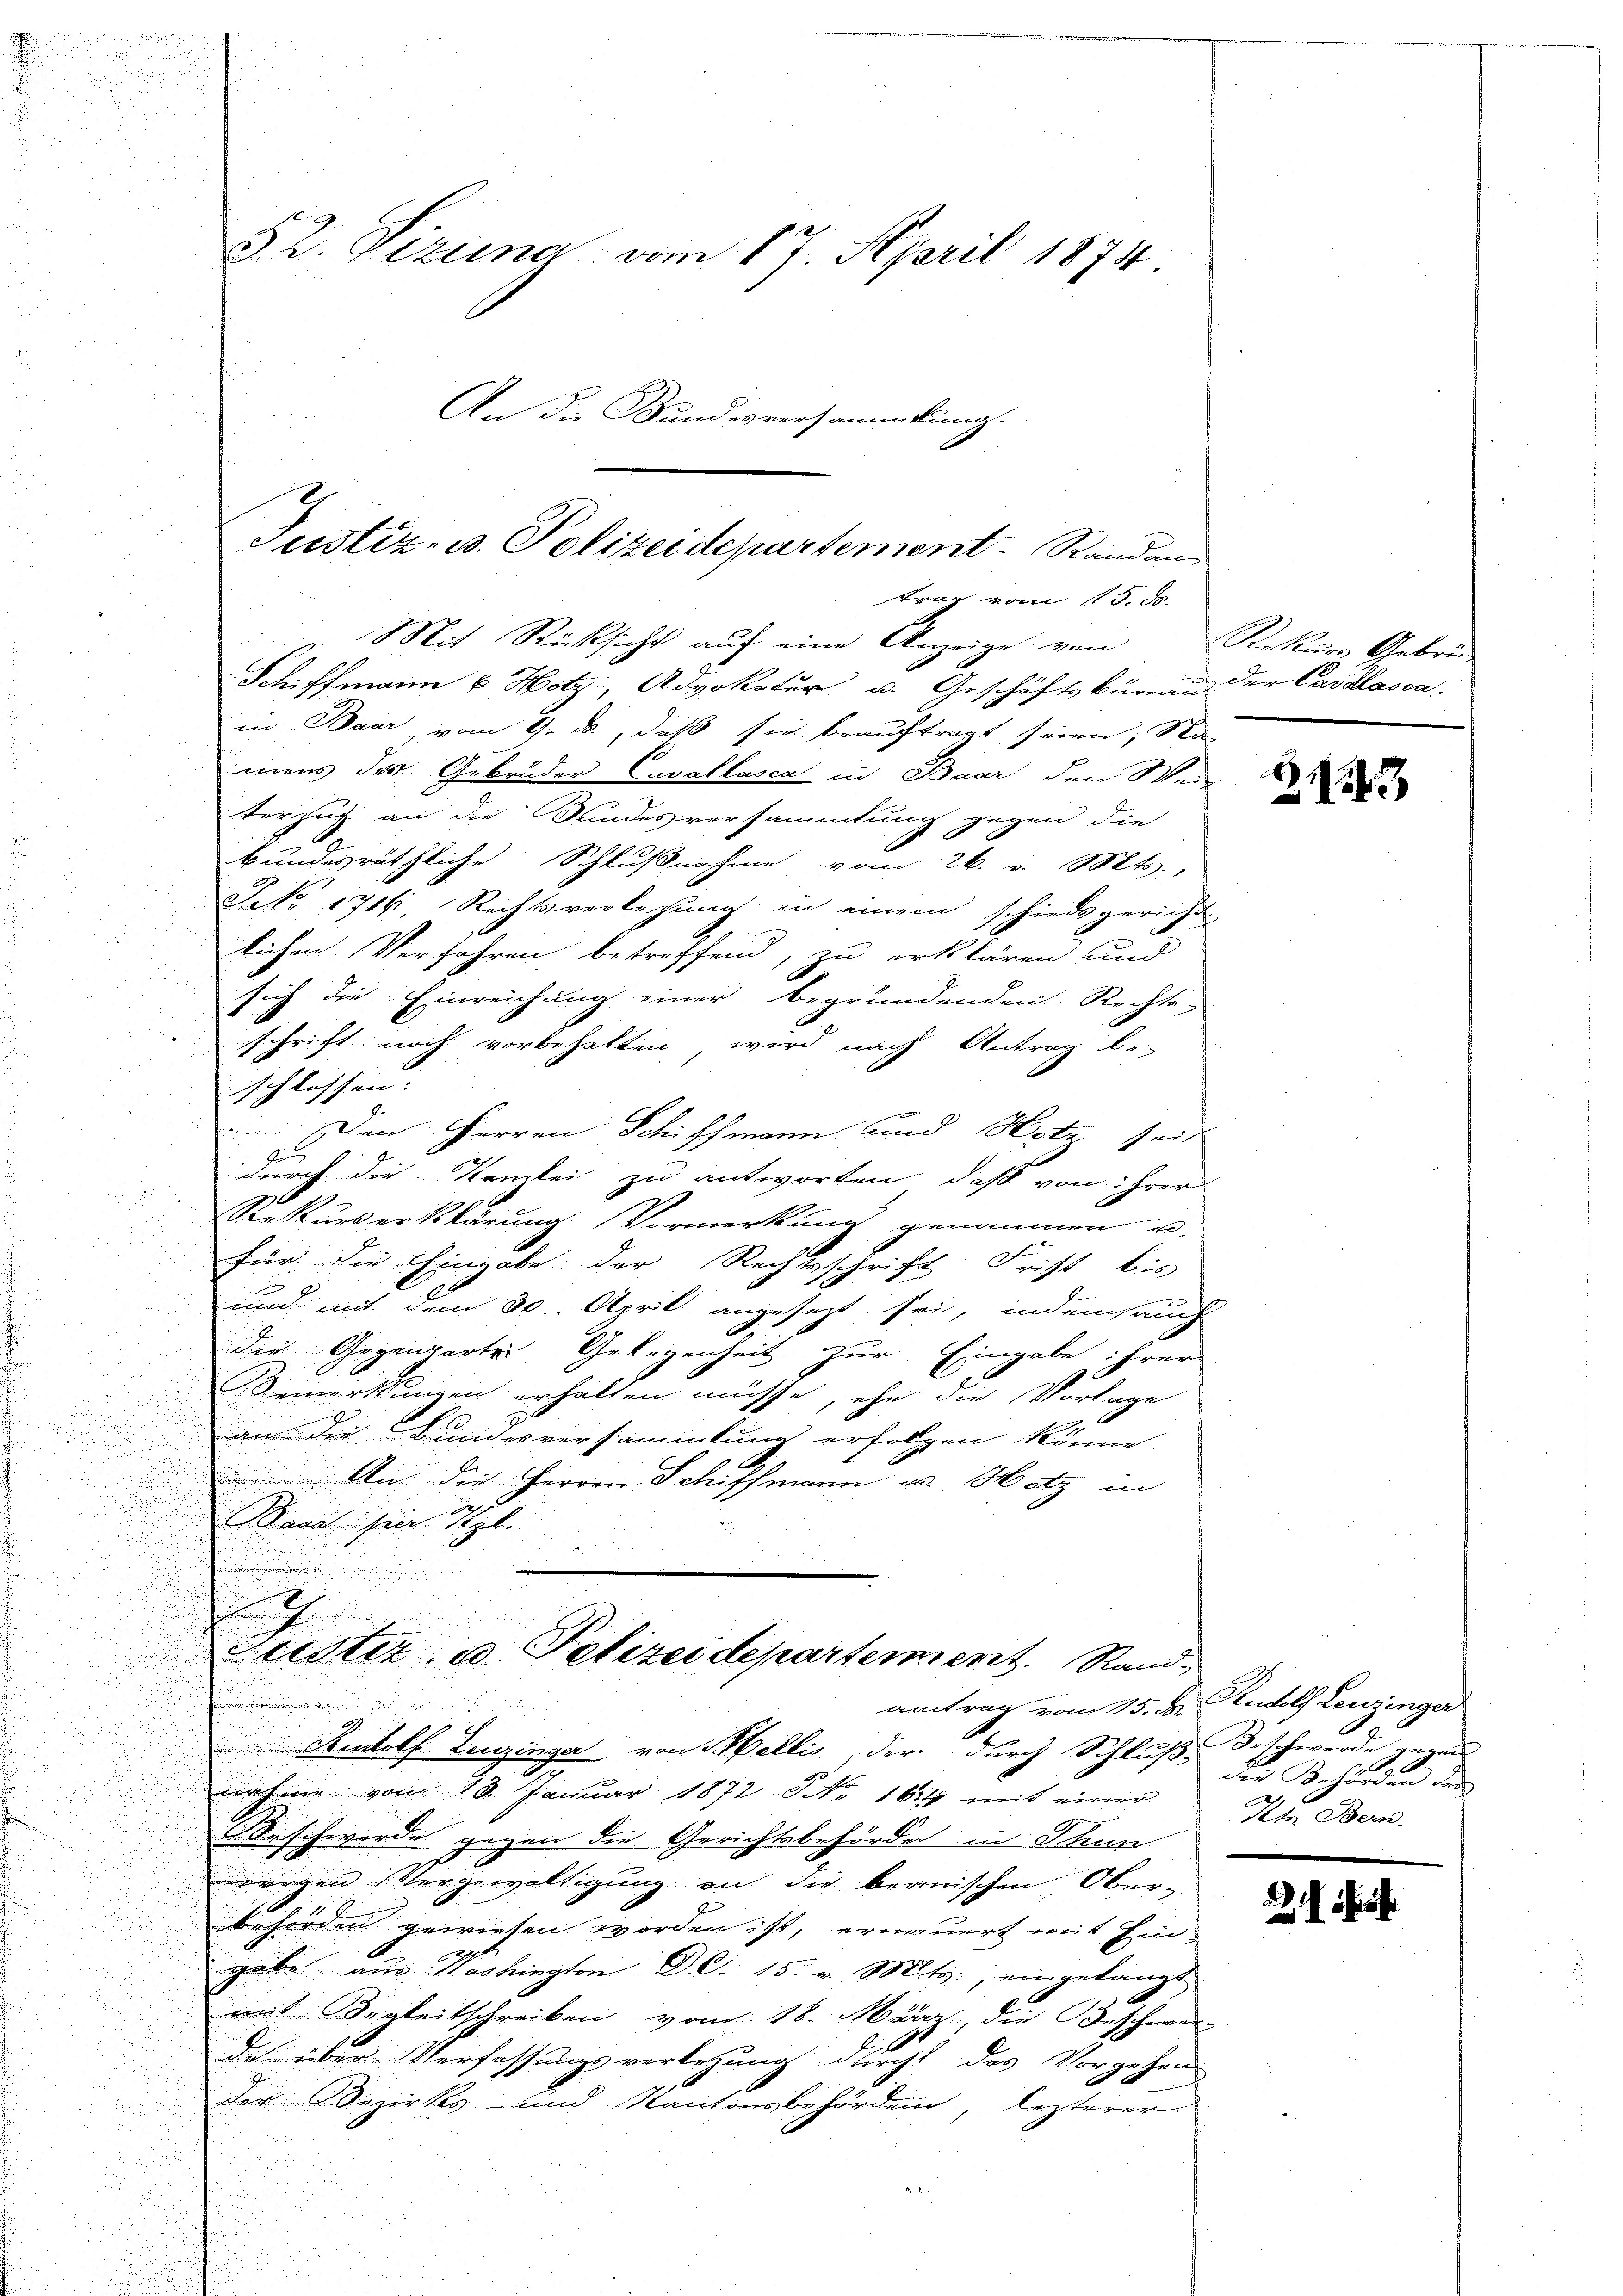
52. Vizung vom 17. April 1874
An die Bundesversammlung.

iin Baar vom 9. ds., daß sie beauftragt seien, Sta
mens des Gebrüder Cavallasia in Baar den Wei
Vorzug an die Bundesversammlung gegen die
bundesräthliche Schlußnahme vom 26. v. Mts.,
NNo. 1716, Rechtsverlesung in einem schiedsgericht
3

lichen Verfahren betreffend, zu erklären und

sich die Einreichung einer begründenden Rechte,

schrift noch vorbehalten, wird nach Antrag be-
u
schlossen. |
Den Herren Schiffmann und Hotz seit
G
.
durch die Kamlei zu antworten, daß von ihrer
1

Rekurserklärung. Vormerkung genommen u.
n
Für die Eingabe der Rechtsschrift Frist bis
n
und mit dem 30. April angesezt sei, indemsauch

die Gegenwarten Gelegenheit zur Eingabe ihrer
2
Bemerkungen erhalten müsse, ehe die Vorlage

an die Bundesversammlung erfolgen könne.
 An die Herren Schiffmann u. Hotz in
Bann hier 18
.
i
2

1

Sedtiz u. Polizeidepartement. Stand¬

antrag vom 15. d. Rudolf Leuzinger
Rudolf Leuzinger von Mellis, der durch Schluß, de schwerde gegen
nahme vom 10. Januar 1872 No 1614 mit einer
Beschwerde gegen die Gerichtsbehörde in Thun.
weegen Vergewältigung auf die bernischen Ober-
behörden gewiesen worden ist, erneuert mit Ein-
gabe aus Washingten D. C. 15. v. Mts., eingelangt
mit Begleitschreiben vom 18. März, die Beschwer-
des über Verfassungsverlegung durch das Vorgehen
Der Bezirks- und Kantonsbehörden, lezterer

Justiz- u. Polizeidepartement. Randan
trag vom 15. ds.
Mit Rücksicht auf eine Anzeige von
Schiffmann u. Hotz, Advokatur u. Geschäftsbüreau der Cavdlasen-

Rekurs Gebrü¬

243

die Behörden dem
Um Bern.